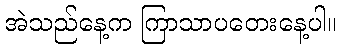
အဲသည်နေ့က ကြာသာပတေးနေ့ပါ။